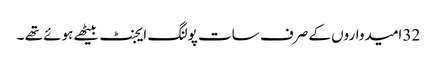
32 امیدواروں کے صرف سات پولنگ ایجنٹ بیٹھے ہوئے تھے ۔